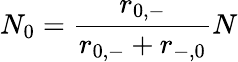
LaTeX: N_{0}=\frac{r_{0,-}}{r_{0,-}+r_{-,0}}N